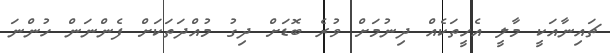
ޗައިނާއަކީ މާލީ އެހީތަކެއް ދިނުމަށް ވުރެ ބޮޑަށް ދިގު މުއްދަތަކަށް ފެންނަން ހުންނަ